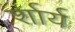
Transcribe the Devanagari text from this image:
र्शार्य